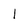
Character: l